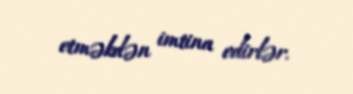
etməkdən imtina edirlər.